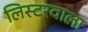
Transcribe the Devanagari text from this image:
लिस्टरवाला